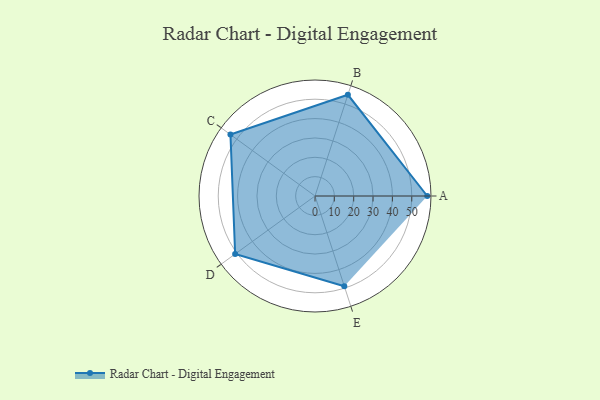
{"axis": {"x": "Skill", "y": "Score"}, "legend": ["Profile"], "data": [{"x": "A", "y": 58.0, "type": "Profile"}, {"x": "B", "y": 55.0, "type": "Profile"}, {"x": "C", "y": 54.0, "type": "Profile"}, {"x": "D", "y": 51.0, "type": "Profile"}, {"x": "E", "y": 49.0, "type": "Profile"}]}